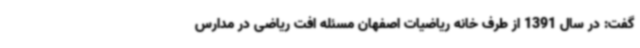
گفت: در سال 1391 از طرف خانه ریاضیات اصفهان مسئله افت ریاضی در مدارس